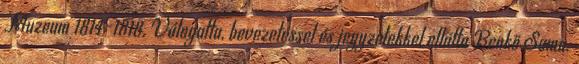
Muzeum 1814-1818. Válogatta, bevezetéssel és jegyzetekkel ellátta Benkő Samu.